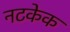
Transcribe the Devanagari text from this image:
नटकेक